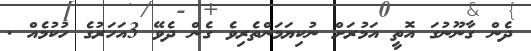
ދެން ގާނޫނުގަ އޮތީ އަމުރަށް ނުކިޔަމަންތެރިވެ ގެން ދެވޭ 3އަހަރުގެ ހުކުމެއް .